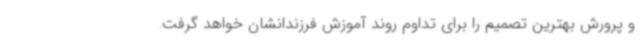
و پرورش بهترین تصمیم را برای تداوم روند آموزش فرزندانشان خواهد گرفت.